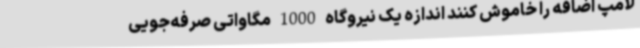
لامپ اضافه را خاموش کنند اندازه یک نیروگاه 1000 مگاواتی صرفه‌جویی